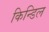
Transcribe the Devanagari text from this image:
किन्डिल